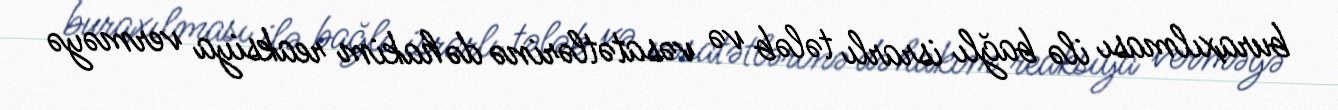
buraxılması ilə bağlı israrlı tələb və vəsatətlərinə də hakim reaksiya verməyə